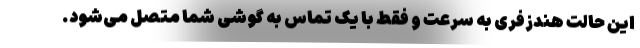
این حالت هندزفری به سرعت و فقط با یک تماس به گوشی شما متصل می‌شود.